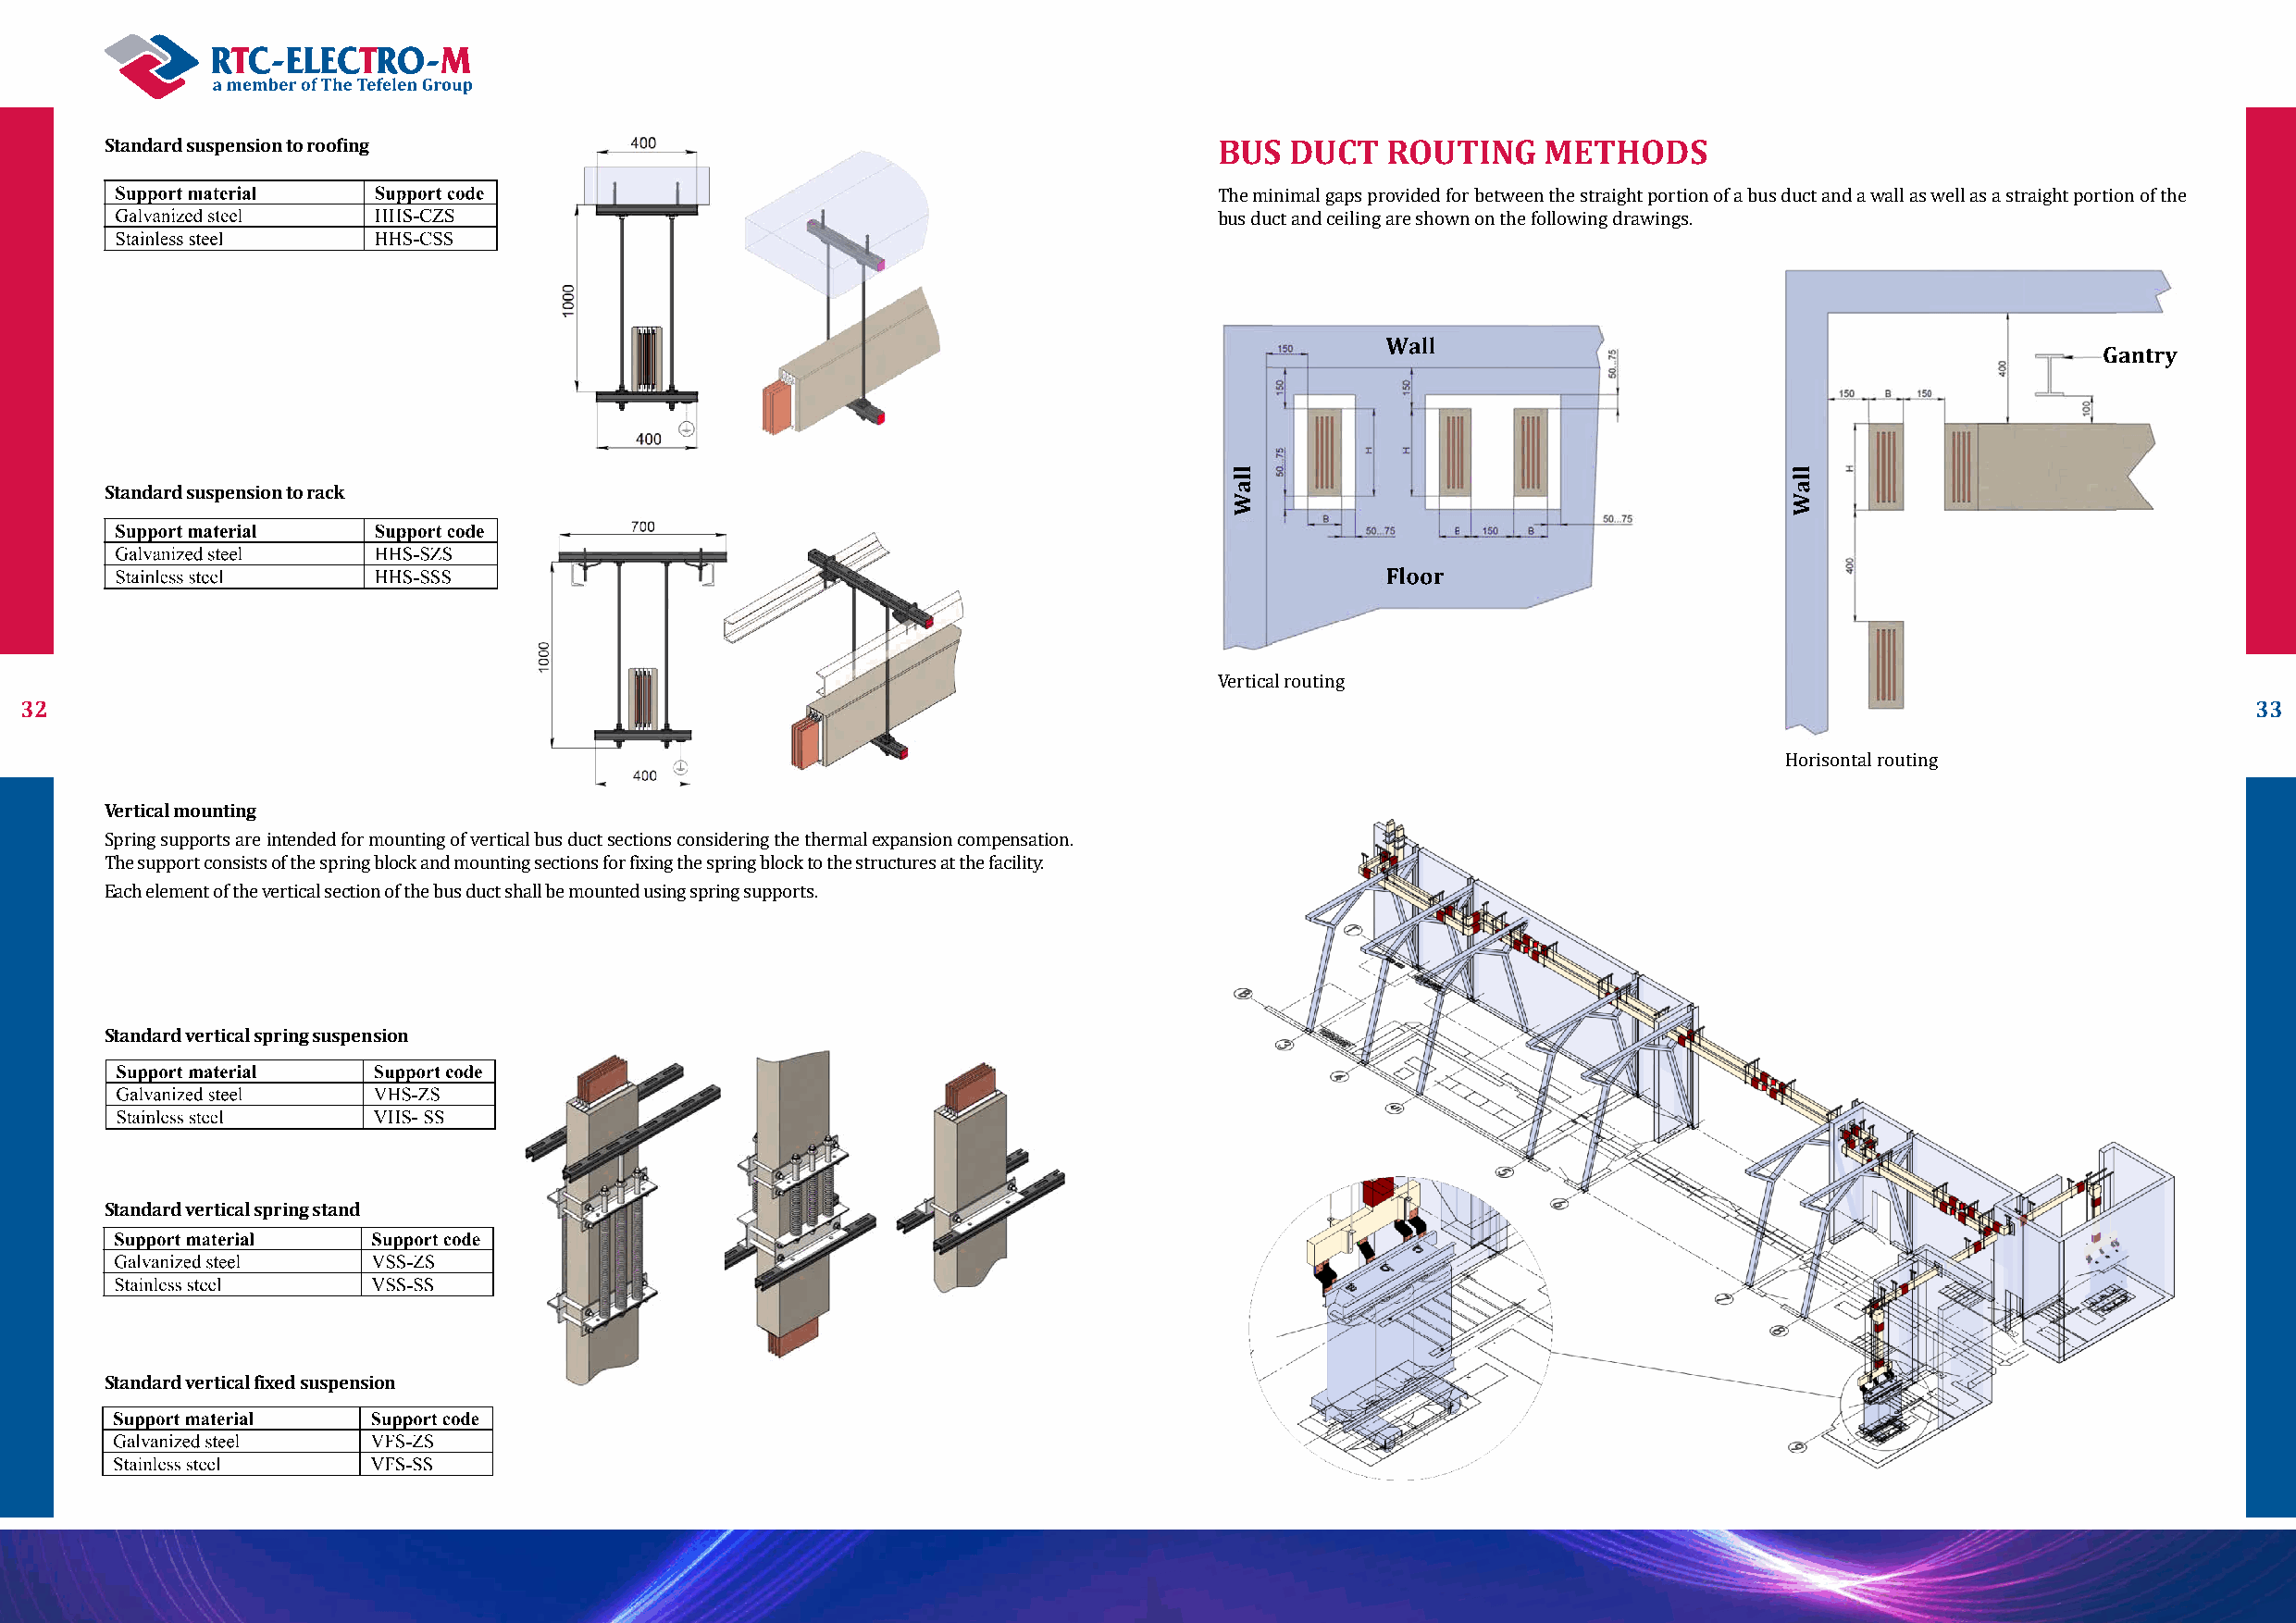
Standard suspension to roofing                                                  BUS  DUCT   ROUTING    METHODS
 The minimal gaps provided for between the straight portion of a bus duct and a wall as well as a straight portion of the
 bus duct and ceiling are shown on the following drawings.
 Standard suspension to rack
 32                                                                                                                                                              33
 Vertical routing
 Horisontal routing
 Vertical mounting
 Spring supports are intended for mounting of vertical bus duct sections considering the thermal expansion compensation.
 The support consists of the spring block and mounting sections for fixing the spring block to the structures at the facility.
 Each element of the vertical section of the bus duct shall be mounted using spring supports.
 Standard vertical spring suspension
 Standard vertical spring stand
 Standard vertical fixed suspension